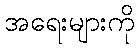
အရေးများကို